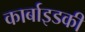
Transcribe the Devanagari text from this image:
कार्बाइडकी